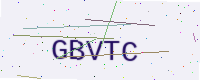
Text: GBVTC